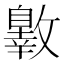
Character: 𣀐